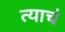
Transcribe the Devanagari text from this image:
त्‍याचं